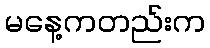
မနေ့ကတည်းက